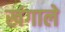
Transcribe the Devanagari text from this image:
खंगाले